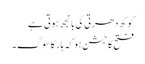
کوکھ دھرتی کی بانجھ ہوتی ہے
فتح کا جشن ہو کہ ہار کا سوگ ۔